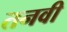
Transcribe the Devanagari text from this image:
तनवी